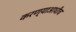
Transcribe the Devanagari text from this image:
करण्याआधीच